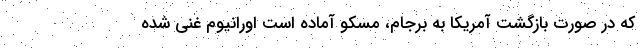
که در صورت بازگشت آمریکا به برجام، مسکو آماده است اورانیوم غنی شده